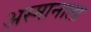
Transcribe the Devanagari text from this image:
अस्मानाला